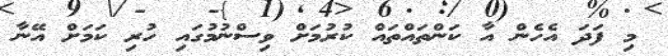
މި ފަދަ އެހެން އާ ކަންތައްތައް ކުރުމަށް ވިސްނުމުގައި ހުރި ކަމަށް އޭނާ